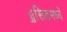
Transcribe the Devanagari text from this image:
ॲसिडमध्ये